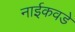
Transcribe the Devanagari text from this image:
नाईकवडे